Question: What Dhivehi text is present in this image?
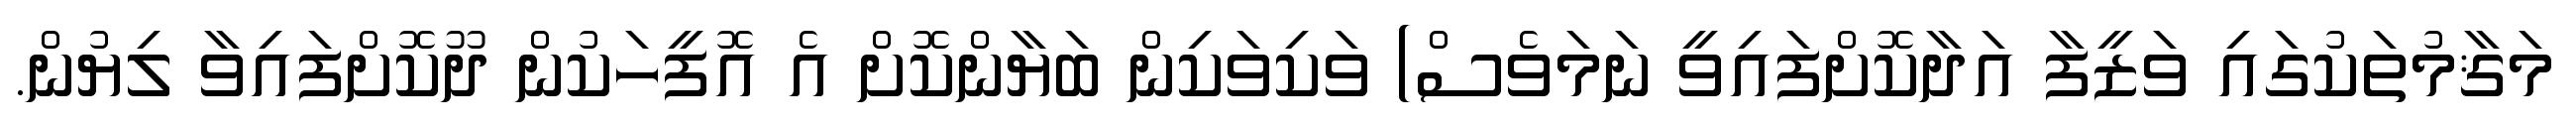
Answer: މަޤާމުތަކުގައި ވަޒީފާ އަދާކޮށްފައިވީ ނަމަވެސް) ވަކިވަކިން ބަޔާންކޮށް އެ އޮފީހަކުން ދޫކޮށްފައިވާ ލިޔުން.